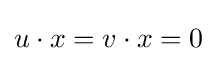
u\cdot x=v\cdot x=0